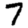
Digit: 7